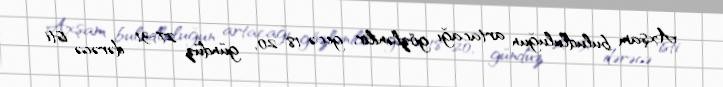
Axşam buludluluğun artacağı gözlənilir, gecə 18-20, gündüz 27-31 dərəcə isti